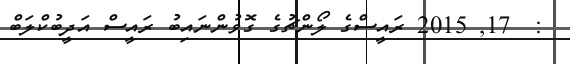
:  17